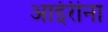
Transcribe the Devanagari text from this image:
आईरीना